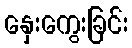
နှေးကွေးခြင်း